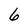
Character: 6